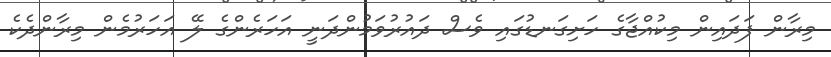
މިރާން ފަދައިން މިކުއްޖާގެ ހަށިގަނޑުގައި ވެސް ދައުރުވަމުންދަނީ އަހަރެންގެ ލޭ އަހަރުމެން މިރާންދެކެ